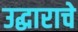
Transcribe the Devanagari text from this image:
उद्धाराचे